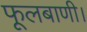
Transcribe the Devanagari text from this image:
फूलबाणी।